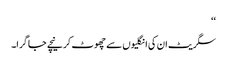
‘‘
سگریٹ ان کی انگلیوں سے چھوٹ کر نیچے جا گرا۔